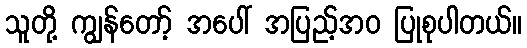
သူတို့ ကျွန်တော့် အပေါ် အပြည့်အဝ ပြုစုပါတယ်။